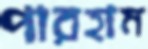
পারহাম